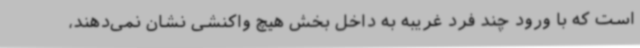
است که با ورود چند فرد غریبه به داخل بخش هیچ واکنشی نشان نمی‌دهند،